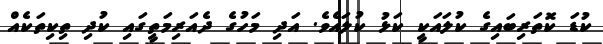
ކުޑަ ކޮތަރިބައިގެ ކުލައަކީ ކަޅު ކުލައެވެ. އަދި މަހުގެ ދެއަރިމަތީގައި ކުދި ތިކިތަކެއް